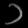
Digit: ၁